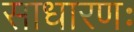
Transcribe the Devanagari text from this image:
साधारणः